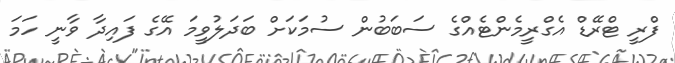
ފްރީ ޓްރޭޑް އެގްރީމެންޓެއްގެ ސަބަބުން ސުމަކަށް ބަދަލުވީމަ އޭގެ ފައިދާ ވާނީ ހަމަ